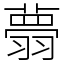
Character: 𦒃